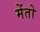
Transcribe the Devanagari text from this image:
मेंतो